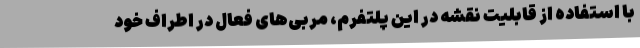
با استفاده از قابلیت نقشه در این پلتفرم، مربی‌های فعال در اطراف خود